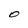
Character: O